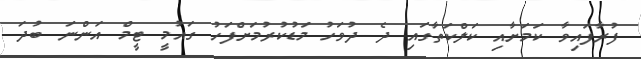
ފުރާފައިވާ ކަމަށާއި ކަލްކަތާގައި ދެ ދުވަހު މަޑުކުރުމަށްފަހު ގައުމީ ޓީމް އަންނަ ބުދަ